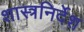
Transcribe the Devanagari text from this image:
शास्त्रनिर्देश